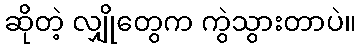
ဆိုတဲ့ လျှိုတွေက ကွဲသွားတာပဲ။